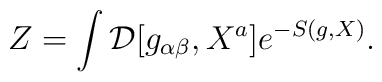
Z = \int {\cal D} [ g_{\alpha\beta},X^{a} ] e^{ -S(g,X) } .